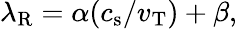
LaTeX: \lambda_{\mathrm{R}}=\alpha(c_{\mathrm{s}}/v_{\mathrm{T}})+\beta,